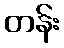
တန်း